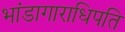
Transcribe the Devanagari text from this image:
भांडागाराधिपति